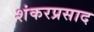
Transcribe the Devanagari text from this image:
शंकरप्रसाद